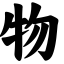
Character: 物